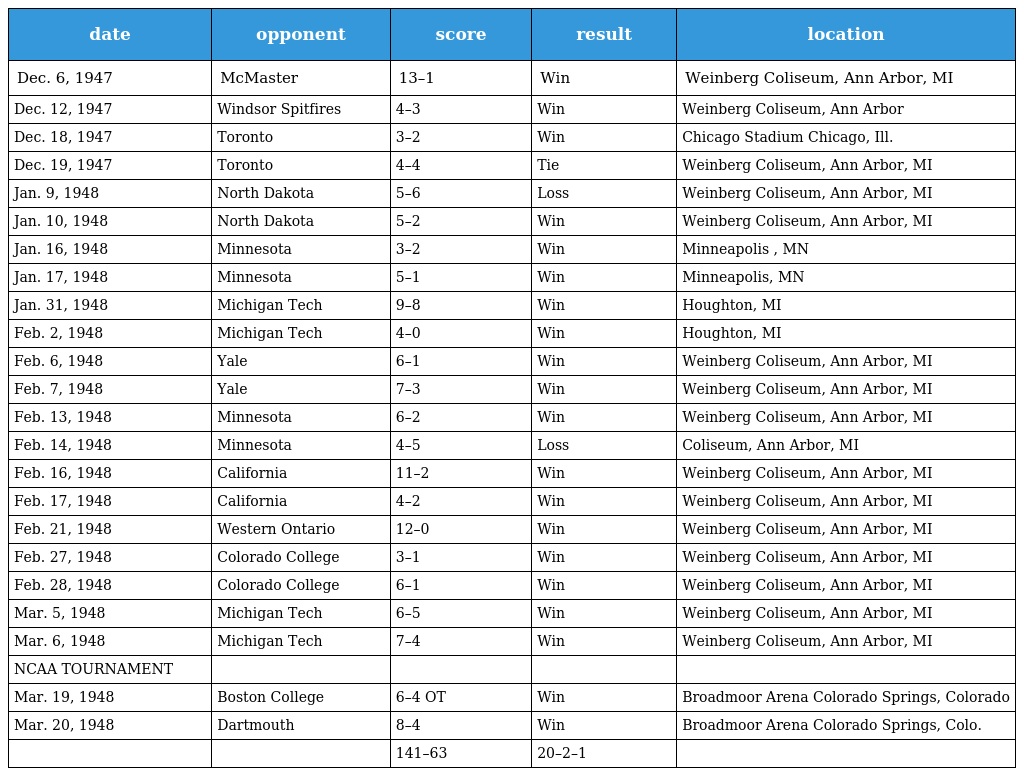
| date | opponent | score | result | location |
 | --- | --- | --- | --- | --- |
 | Dec. 6, 1947 | McMaster | 13–1 | Win | Weinberg Coliseum, Ann Arbor, MI |
 | Dec. 12, 1947 | Windsor Spitfires | 4–3 | Win | Weinberg Coliseum, Ann Arbor |
 | Dec. 18, 1947 | Toronto | 3–2 | Win | Chicago Stadium Chicago, Ill. |
 | Dec. 19, 1947 | Toronto | 4–4 | Tie | Weinberg Coliseum, Ann Arbor, MI |
 | Jan. 9, 1948 | North Dakota | 5–6 | Loss | Weinberg Coliseum, Ann Arbor, MI |
 | Jan. 10, 1948 | North Dakota | 5–2 | Win | Weinberg Coliseum, Ann Arbor, MI |
 | Jan. 16, 1948 | Minnesota | 3–2 | Win | Minneapolis , MN |
 | Jan. 17, 1948 | Minnesota | 5–1 | Win | Minneapolis, MN |
 | Jan. 31, 1948 | Michigan Tech | 9–8 | Win | Houghton, MI |
 | Feb. 2, 1948 | Michigan Tech | 4–0 | Win | Houghton, MI |
 | Feb. 6, 1948 | Yale | 6–1 | Win | Weinberg Coliseum, Ann Arbor, MI |
 | Feb. 7, 1948 | Yale | 7–3 | Win | Weinberg Coliseum, Ann Arbor, MI |
 | Feb. 13, 1948 | Minnesota | 6–2 | Win | Weinberg Coliseum, Ann Arbor, MI |
 | Feb. 14, 1948 | Minnesota | 4–5 | Loss | Coliseum, Ann Arbor, MI |
 | Feb. 16, 1948 | California | 11–2 | Win | Weinberg Coliseum, Ann Arbor, MI |
 | Feb. 17, 1948 | California | 4–2 | Win | Weinberg Coliseum, Ann Arbor, MI |
 | Feb. 21, 1948 | Western Ontario | 12–0 | Win | Weinberg Coliseum, Ann Arbor, MI |
 | Feb. 27, 1948 | Colorado College | 3–1 | Win | Weinberg Coliseum, Ann Arbor, MI |
 | Feb. 28, 1948 | Colorado College | 6–1 | Win | Weinberg Coliseum, Ann Arbor, MI |
 | Mar. 5, 1948 | Michigan Tech | 6–5 | Win | Weinberg Coliseum, Ann Arbor, MI |
 | Mar. 6, 1948 | Michigan Tech | 7–4 | Win | Weinberg Coliseum, Ann Arbor, MI |
 | NCAA TOURNAMENT |  |  |  |  |
 | Mar. 19, 1948 | Boston College | 6–4 OT | Win | Broadmoor Arena Colorado Springs, Colorado |
 | Mar. 20, 1948 | Dartmouth | 8–4 | Win | Broadmoor Arena Colorado Springs, Colo. |
 |  |  | 141–63 | 20–2–1 |  |